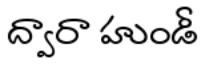
ద్వారా హుండీ